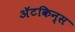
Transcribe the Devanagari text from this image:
अॅटकिन्स